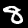
Label: 8